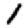
Digit: 1